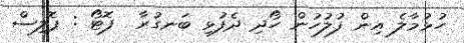
ހުޅުމާލެ އިން ފުލުހުން ހޯދި ދެފުޅި ބަނގުރާ  ފޮޓޯ : ޕޮލިސް